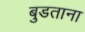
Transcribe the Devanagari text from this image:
बुडताना